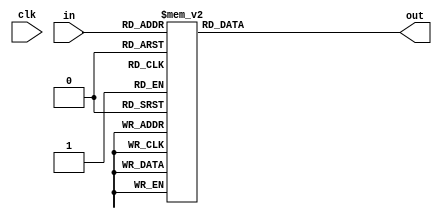
module inv_S0(clk,in,out);
    input[3:0] in;
    input clk;
    output reg[3:0] out;

    always @(*)begin
        case(in)
			4'h0: out = 4'hd;
			4'h1: out = 4'h3;
			4'h2: out = 4'hb;
			4'h3: out = 4'h0;
			4'h4: out = 4'ha;
			4'h5: out = 4'h6;
			4'h6: out = 4'h5;
			4'h7: out = 4'hc;
			4'h8: out = 4'h1;
			4'h9: out = 4'he;
			4'ha: out = 4'h4;
			4'hb: out = 4'h7;
			4'hc: out = 4'hf;
			4'hd: out = 4'h9;
			4'he: out = 4'h8;
			4'hf: out = 4'h2;
		endcase
    end
endmodule

module inv_S1(clk,in,out);
    input[3:0] in;
    input clk;
    output reg[3:0] out;

    always @(*)begin
        case(in)
			4'h0: out = 4'h5;
			4'h1: out = 4'h8;
			4'h2: out = 4'h2;
			4'h3: out = 4'he;
			4'h4: out = 4'hf;
			4'h5: out = 4'h6;
			4'h6: out = 4'hc;
			4'h7: out = 4'h3;
			4'h8: out = 4'hb;
			4'h9: out = 4'h4;
			4'ha: out = 4'h7;
			4'hb: out = 4'h9;
			4'hc: out = 4'h1;
			4'hd: out = 4'hd;
			4'he: out = 4'ha;
			4'hf: out = 4'h0;
		endcase
    end
endmodule

module inv_S2(clk,in,out);
    input[3:0] in;
    input clk;
    output reg[3:0] out;

    always @(*)begin
        case(in)
			4'h0: out = 4'hc;
			4'h1: out = 4'h9;
			4'h2: out = 4'hf;
			4'h3: out = 4'h4;
			4'h4: out = 4'hb;
			4'h5: out = 4'he;
			4'h6: out = 4'h1;
			4'h7: out = 4'h2;
			4'h8: out = 4'h0;
			4'h9: out = 4'h3;
			4'ha: out = 4'h6;
			4'hb: out = 4'hd;
			4'hc: out = 4'h5;
			4'hd: out = 4'h8;
			4'he: out = 4'ha;
			4'hf: out = 4'h7;
		endcase
    end
endmodule

module inv_S3(clk,in,out);
    input clk;
    input[3:0] in;
    output reg[3:0] out;

    always @(*)begin
        case(in)
			4'h0: out = 4'h0;
			4'h1: out = 4'h9;
			4'h2: out = 4'ha;
			4'h3: out = 4'h7;
			4'h4: out = 4'hb;
			4'h5: out = 4'he;
			4'h6: out = 4'h6;
			4'h7: out = 4'hd;
			4'h8: out = 4'h3;
			4'h9: out = 4'h5;
			4'ha: out = 4'hc;
			4'hb: out = 4'h2;
			4'hc: out = 4'h4;
			4'hd: out = 4'h8;
			4'he: out = 4'hf;
			4'hf: out = 4'h1;
		endcase
    end
endmodule
module inv_S4(clk,in,out);
    input clk;
    input[3:0] in;
    output reg[3:0] out;

    always @(*)begin
        case(in)
			4'h0: out = 4'h5;
			4'h1: out = 4'h0;
			4'h2: out = 4'h8;
			4'h3: out = 4'h3;
			4'h4: out = 4'ha;
			4'h5: out = 4'h9;
			4'h6: out = 4'h7;
			4'h7: out = 4'he;
			4'h8: out = 4'h2;
			4'h9: out = 4'hc;
			4'ha: out = 4'hb;
			4'hb: out = 4'h6;
			4'hc: out = 4'h4;
			4'hd: out = 4'hf;
			4'he: out = 4'hd;
			4'hf: out = 4'h1;
		endcase
    end
endmodule

module inv_S5(clk,in,out);
    input clk;
    input[3:0] in;
    output reg[3:0] out;

    always @(*)begin
        case(in)
			4'h0: out = 4'h8;
			4'h1: out = 4'hf;
			4'h2: out = 4'h2;
			4'h3: out = 4'h9;
			4'h4: out = 4'h4;
			4'h5: out = 4'h1;
			4'h6: out = 4'hd;
			4'h7: out = 4'he;
			4'h8: out = 4'hb;
			4'h9: out = 4'h6;
			4'ha: out = 4'h5;
			4'hb: out = 4'h3;
			4'hc: out = 4'h7;
			4'hd: out = 4'hc;
			4'he: out = 4'ha;
			4'hf: out = 4'h0;
		endcase
    end
endmodule

module inv_S6(clk,in,out);
    input clk;
    input[3:0] in;
    output reg[3:0] out;

    always @(*)begin
        case(in)
			4'h0: out = 4'hf;
			4'h1: out = 4'ha;
			4'h2: out = 4'h1;
			4'h3: out = 4'hd;
			4'h4: out = 4'h5;
			4'h5: out = 4'h3;
			4'h6: out = 4'h6;
			4'h7: out = 4'h0;
			4'h8: out = 4'h4;
			4'h9: out = 4'h9;
			4'ha: out = 4'he;
			4'hb: out = 4'h7;
			4'hc: out = 4'h2;
			4'hd: out = 4'hc;
			4'he: out = 4'h8;
			4'hf: out = 4'hb;
		endcase
    end
endmodule

module inv_S7(clk,in,out);
    input clk;
    input[3:0] in;
    output reg[3:0] out;

    always @(*)begin
        case(in)
			4'h0: out = 4'h3;
			4'h1: out = 4'h0;
			4'h2: out = 4'h6;
			4'h3: out = 4'hd;
			4'h4: out = 4'h9;
			4'h5: out = 4'he;
			4'h6: out = 4'hf;
			4'h7: out = 4'h8;
			4'h8: out = 4'h5;
			4'h9: out = 4'hc;
			4'ha: out = 4'hb;
			4'hb: out = 4'h7;
			4'hc: out = 4'ha;
			4'hd: out = 4'h1;
			4'he: out = 4'h4;
			4'hf: out = 4'h2;
		endcase
    end
endmodule

module inv_S0_32 (clk, in, out);
    input clk;
    input [127:0] in;
    output [127:0] out;

    wire [127:0] ped_input; // after permutation
    wire [127:0] ped_output;

    genvar i;
    generate
        for(i = 0; i<32; i = i+1) begin
            assign ped_input[4*i] = in[i];            
            assign ped_input[4*i+1] = in[i+32];            
            assign ped_input[4*i+2] = in[i+64];            
            assign ped_input[4*i+3] = in[i+96];            
        end
    endgenerate
    generate
        for(i = 0; i<32; i = i+1) begin
            assign out[i+96] = ped_output[4*i+3];            
            assign out[i+64] = ped_output[4*i+2];            
            assign out[i+32] = ped_output[4*i+1];            
            assign out[i] = ped_output[4*i];            
        end
    endgenerate

    inv_S0
        S0_0  (clk, ped_input[127:124], ped_output[127:124]),
        S0_1  (clk, ped_input[123:120], ped_output[123:120]),
        S0_2  (clk, ped_input[119:116], ped_output[119:116]),
        S0_3  (clk, ped_input[115:112], ped_output[115:112]),
        S0_4  (clk, ped_input[111:108], ped_output[111:108]),
        S0_5  (clk, ped_input[107:104], ped_output[107:104]),
        S0_6  (clk, ped_input[103:100], ped_output[103:100]),
        S0_7  (clk, ped_input[99:96]  , ped_output[99:96]  ),
        S0_8  (clk, ped_input[95:92]  , ped_output[95:92]  ),
        S0_9  (clk, ped_input[91:88]  , ped_output[91:88]  ),
        S0_10 (clk, ped_input[87:84]  , ped_output[87:84]  ),
        S0_11 (clk, ped_input[83:80]  , ped_output[83:80]  ),
        S0_12 (clk, ped_input[79:76]  , ped_output[79:76]  ),
        S0_13 (clk, ped_input[75:72]  , ped_output[75:72]  ),
        S0_14 (clk, ped_input[71:68]  , ped_output[71:68]  ),
        S0_15 (clk, ped_input[67:64]  , ped_output[67:64]  ),
        S0_16 (clk, ped_input[63:60]  , ped_output[63:60]  ),
        S0_17 (clk, ped_input[59:56]  , ped_output[59:56]  ),
        S0_18 (clk, ped_input[55:52]  , ped_output[55:52]  ),
        S0_19 (clk, ped_input[51:48]  , ped_output[51:48]  ),
        S0_20 (clk, ped_input[47:44]  , ped_output[47:44]  ),
        S0_21 (clk, ped_input[43:40]  , ped_output[43:40]  ),
        S0_22 (clk, ped_input[39:36]  , ped_output[39:36]  ),
        S0_23 (clk, ped_input[35:32]  , ped_output[35:32]  ),
        S0_24 (clk, ped_input[31:28]  , ped_output[31:28]  ),
        S0_25 (clk, ped_input[27:24]  , ped_output[27:24]  ),
        S0_26 (clk, ped_input[23:20]  , ped_output[23:20]  ),
        S0_27 (clk, ped_input[19:16]  , ped_output[19:16]  ),
        S0_28 (clk, ped_input[15:12]  , ped_output[15:12]  ),
        S0_29 (clk, ped_input[11:8]   , ped_output[11:8]   ),
        S0_30 (clk, ped_input[7:4]    , ped_output[7:4]    ),
        S0_31 (clk, ped_input[3:0]    , ped_output[3:0]    );
endmodule

module inv_S1_32 (clk, in, out);
    input clk;
    input [127:0] in;
    output [127:0] out;

    wire [127:0] ped_input; // after permutation
    wire [127:0] ped_output;

    genvar i;
    generate
        for(i = 0; i<32; i = i+1) begin
            assign ped_input[4*i] = in[i];            
            assign ped_input[4*i+1] = in[i+32];            
            assign ped_input[4*i+2] = in[i+64];            
            assign ped_input[4*i+3] = in[i+96];            
        end
    endgenerate
    generate
        for(i = 0; i<32; i = i+1) begin
            assign out[i+96] = ped_output[4*i+3];            
            assign out[i+64] = ped_output[4*i+2];            
            assign out[i+32] = ped_output[4*i+1];            
            assign out[i] = ped_output[4*i];            
        end
    endgenerate

    inv_S1
        S0_0  (clk, ped_input[127:124], ped_output[127:124]),
        S0_1  (clk, ped_input[123:120], ped_output[123:120]),
        S0_2  (clk, ped_input[119:116], ped_output[119:116]),
        S0_3  (clk, ped_input[115:112], ped_output[115:112]),
        S0_4  (clk, ped_input[111:108], ped_output[111:108]),
        S0_5  (clk, ped_input[107:104], ped_output[107:104]),
        S0_6  (clk, ped_input[103:100], ped_output[103:100]),
        S0_7  (clk, ped_input[99:96]  , ped_output[99:96]  ),
        S0_8  (clk, ped_input[95:92]  , ped_output[95:92]  ),
        S0_9  (clk, ped_input[91:88]  , ped_output[91:88]  ),
        S0_10 (clk, ped_input[87:84]  , ped_output[87:84]  ),
        S0_11 (clk, ped_input[83:80]  , ped_output[83:80]  ),
        S0_12 (clk, ped_input[79:76]  , ped_output[79:76]  ),
        S0_13 (clk, ped_input[75:72]  , ped_output[75:72]  ),
        S0_14 (clk, ped_input[71:68]  , ped_output[71:68]  ),
        S0_15 (clk, ped_input[67:64]  , ped_output[67:64]  ),
        S0_16 (clk, ped_input[63:60]  , ped_output[63:60]  ),
        S0_17 (clk, ped_input[59:56]  , ped_output[59:56]  ),
        S0_18 (clk, ped_input[55:52]  , ped_output[55:52]  ),
        S0_19 (clk, ped_input[51:48]  , ped_output[51:48]  ),
        S0_20 (clk, ped_input[47:44]  , ped_output[47:44]  ),
        S0_21 (clk, ped_input[43:40]  , ped_output[43:40]  ),
        S0_22 (clk, ped_input[39:36]  , ped_output[39:36]  ),
        S0_23 (clk, ped_input[35:32]  , ped_output[35:32]  ),
        S0_24 (clk, ped_input[31:28]  , ped_output[31:28]  ),
        S0_25 (clk, ped_input[27:24]  , ped_output[27:24]  ),
        S0_26 (clk, ped_input[23:20]  , ped_output[23:20]  ),
        S0_27 (clk, ped_input[19:16]  , ped_output[19:16]  ),
        S0_28 (clk, ped_input[15:12]  , ped_output[15:12]  ),
        S0_29 (clk, ped_input[11:8]   , ped_output[11:8]   ),
        S0_30 (clk, ped_input[7:4]    , ped_output[7:4]    ),
        S0_31 (clk, ped_input[3:0]    , ped_output[3:0]    );
endmodule

module inv_S2_32 (clk, in, out);
    input clk;
    input [127:0] in;
    output [127:0] out;

    wire [127:0] ped_input; // after permutation
    wire [127:0] ped_output;

    genvar i;
    generate
        for(i = 0; i<32; i = i+1) begin
            assign ped_input[4*i] = in[i];            
            assign ped_input[4*i+1] = in[i+32];            
            assign ped_input[4*i+2] = in[i+64];            
            assign ped_input[4*i+3] = in[i+96];            
        end
    endgenerate
    generate
        for(i = 0; i<32; i = i+1) begin
            assign out[i+96] = ped_output[4*i+3];            
            assign out[i+64] = ped_output[4*i+2];            
            assign out[i+32] = ped_output[4*i+1];            
            assign out[i] = ped_output[4*i];            
        end
    endgenerate

    inv_S2
        S0_0  (clk, ped_input[127:124], ped_output[127:124]),
        S0_1  (clk, ped_input[123:120], ped_output[123:120]),
        S0_2  (clk, ped_input[119:116], ped_output[119:116]),
        S0_3  (clk, ped_input[115:112], ped_output[115:112]),
        S0_4  (clk, ped_input[111:108], ped_output[111:108]),
        S0_5  (clk, ped_input[107:104], ped_output[107:104]),
        S0_6  (clk, ped_input[103:100], ped_output[103:100]),
        S0_7  (clk, ped_input[99:96]  , ped_output[99:96]  ),
        S0_8  (clk, ped_input[95:92]  , ped_output[95:92]  ),
        S0_9  (clk, ped_input[91:88]  , ped_output[91:88]  ),
        S0_10 (clk, ped_input[87:84]  , ped_output[87:84]  ),
        S0_11 (clk, ped_input[83:80]  , ped_output[83:80]  ),
        S0_12 (clk, ped_input[79:76]  , ped_output[79:76]  ),
        S0_13 (clk, ped_input[75:72]  , ped_output[75:72]  ),
        S0_14 (clk, ped_input[71:68]  , ped_output[71:68]  ),
        S0_15 (clk, ped_input[67:64]  , ped_output[67:64]  ),
        S0_16 (clk, ped_input[63:60]  , ped_output[63:60]  ),
        S0_17 (clk, ped_input[59:56]  , ped_output[59:56]  ),
        S0_18 (clk, ped_input[55:52]  , ped_output[55:52]  ),
        S0_19 (clk, ped_input[51:48]  , ped_output[51:48]  ),
        S0_20 (clk, ped_input[47:44]  , ped_output[47:44]  ),
        S0_21 (clk, ped_input[43:40]  , ped_output[43:40]  ),
        S0_22 (clk, ped_input[39:36]  , ped_output[39:36]  ),
        S0_23 (clk, ped_input[35:32]  , ped_output[35:32]  ),
        S0_24 (clk, ped_input[31:28]  , ped_output[31:28]  ),
        S0_25 (clk, ped_input[27:24]  , ped_output[27:24]  ),
        S0_26 (clk, ped_input[23:20]  , ped_output[23:20]  ),
        S0_27 (clk, ped_input[19:16]  , ped_output[19:16]  ),
        S0_28 (clk, ped_input[15:12]  , ped_output[15:12]  ),
        S0_29 (clk, ped_input[11:8]   , ped_output[11:8]   ),
        S0_30 (clk, ped_input[7:4]    , ped_output[7:4]    ),
        S0_31 (clk, ped_input[3:0]    , ped_output[3:0]    );
endmodule

module inv_S3_32 (clk, in, out);
    input clk;
    input [127:0] in;
    output [127:0] out;

    wire [127:0] ped_input; // after permutation
    wire [127:0] ped_output;

    genvar i;
    generate
        for(i = 0; i<32; i = i+1) begin
            assign ped_input[4*i] = in[i];            
            assign ped_input[4*i+1] = in[i+32];            
            assign ped_input[4*i+2] = in[i+64];            
            assign ped_input[4*i+3] = in[i+96];            
        end
    endgenerate
    generate
        for(i = 0; i<32; i = i+1) begin
            assign out[i+96] = ped_output[4*i+3];            
            assign out[i+64] = ped_output[4*i+2];            
            assign out[i+32] = ped_output[4*i+1];            
            assign out[i] = ped_output[4*i];            
        end
    endgenerate

    inv_S3
        S0_0  (clk, ped_input[127:124], ped_output[127:124]),
        S0_1  (clk, ped_input[123:120], ped_output[123:120]),
        S0_2  (clk, ped_input[119:116], ped_output[119:116]),
        S0_3  (clk, ped_input[115:112], ped_output[115:112]),
        S0_4  (clk, ped_input[111:108], ped_output[111:108]),
        S0_5  (clk, ped_input[107:104], ped_output[107:104]),
        S0_6  (clk, ped_input[103:100], ped_output[103:100]),
        S0_7  (clk, ped_input[99:96]  , ped_output[99:96]  ),
        S0_8  (clk, ped_input[95:92]  , ped_output[95:92]  ),
        S0_9  (clk, ped_input[91:88]  , ped_output[91:88]  ),
        S0_10 (clk, ped_input[87:84]  , ped_output[87:84]  ),
        S0_11 (clk, ped_input[83:80]  , ped_output[83:80]  ),
        S0_12 (clk, ped_input[79:76]  , ped_output[79:76]  ),
        S0_13 (clk, ped_input[75:72]  , ped_output[75:72]  ),
        S0_14 (clk, ped_input[71:68]  , ped_output[71:68]  ),
        S0_15 (clk, ped_input[67:64]  , ped_output[67:64]  ),
        S0_16 (clk, ped_input[63:60]  , ped_output[63:60]  ),
        S0_17 (clk, ped_input[59:56]  , ped_output[59:56]  ),
        S0_18 (clk, ped_input[55:52]  , ped_output[55:52]  ),
        S0_19 (clk, ped_input[51:48]  , ped_output[51:48]  ),
        S0_20 (clk, ped_input[47:44]  , ped_output[47:44]  ),
        S0_21 (clk, ped_input[43:40]  , ped_output[43:40]  ),
        S0_22 (clk, ped_input[39:36]  , ped_output[39:36]  ),
        S0_23 (clk, ped_input[35:32]  , ped_output[35:32]  ),
        S0_24 (clk, ped_input[31:28]  , ped_output[31:28]  ),
        S0_25 (clk, ped_input[27:24]  , ped_output[27:24]  ),
        S0_26 (clk, ped_input[23:20]  , ped_output[23:20]  ),
        S0_27 (clk, ped_input[19:16]  , ped_output[19:16]  ),
        S0_28 (clk, ped_input[15:12]  , ped_output[15:12]  ),
        S0_29 (clk, ped_input[11:8]   , ped_output[11:8]   ),
        S0_30 (clk, ped_input[7:4]    , ped_output[7:4]    ),
        S0_31 (clk, ped_input[3:0]    , ped_output[3:0]    );
endmodule

module inv_S4_32 (clk, in, out);
    input clk;
    input [127:0] in;
    output [127:0] out;

    wire [127:0] ped_input; // after permutation
    wire [127:0] ped_output;

    genvar i;
    generate
        for(i = 0; i<32; i = i+1) begin
            assign ped_input[4*i] = in[i];            
            assign ped_input[4*i+1] = in[i+32];            
            assign ped_input[4*i+2] = in[i+64];            
            assign ped_input[4*i+3] = in[i+96];            
        end
    endgenerate
    generate
        for(i = 0; i<32; i = i+1) begin
            assign out[i+96] = ped_output[4*i+3];            
            assign out[i+64] = ped_output[4*i+2];            
            assign out[i+32] = ped_output[4*i+1];            
            assign out[i] = ped_output[4*i];            
        end
    endgenerate

    inv_S4
        S0_0  (clk, ped_input[127:124], ped_output[127:124]),
        S0_1  (clk, ped_input[123:120], ped_output[123:120]),
        S0_2  (clk, ped_input[119:116], ped_output[119:116]),
        S0_3  (clk, ped_input[115:112], ped_output[115:112]),
        S0_4  (clk, ped_input[111:108], ped_output[111:108]),
        S0_5  (clk, ped_input[107:104], ped_output[107:104]),
        S0_6  (clk, ped_input[103:100], ped_output[103:100]),
        S0_7  (clk, ped_input[99:96]  , ped_output[99:96]  ),
        S0_8  (clk, ped_input[95:92]  , ped_output[95:92]  ),
        S0_9  (clk, ped_input[91:88]  , ped_output[91:88]  ),
        S0_10 (clk, ped_input[87:84]  , ped_output[87:84]  ),
        S0_11 (clk, ped_input[83:80]  , ped_output[83:80]  ),
        S0_12 (clk, ped_input[79:76]  , ped_output[79:76]  ),
        S0_13 (clk, ped_input[75:72]  , ped_output[75:72]  ),
        S0_14 (clk, ped_input[71:68]  , ped_output[71:68]  ),
        S0_15 (clk, ped_input[67:64]  , ped_output[67:64]  ),
        S0_16 (clk, ped_input[63:60]  , ped_output[63:60]  ),
        S0_17 (clk, ped_input[59:56]  , ped_output[59:56]  ),
        S0_18 (clk, ped_input[55:52]  , ped_output[55:52]  ),
        S0_19 (clk, ped_input[51:48]  , ped_output[51:48]  ),
        S0_20 (clk, ped_input[47:44]  , ped_output[47:44]  ),
        S0_21 (clk, ped_input[43:40]  , ped_output[43:40]  ),
        S0_22 (clk, ped_input[39:36]  , ped_output[39:36]  ),
        S0_23 (clk, ped_input[35:32]  , ped_output[35:32]  ),
        S0_24 (clk, ped_input[31:28]  , ped_output[31:28]  ),
        S0_25 (clk, ped_input[27:24]  , ped_output[27:24]  ),
        S0_26 (clk, ped_input[23:20]  , ped_output[23:20]  ),
        S0_27 (clk, ped_input[19:16]  , ped_output[19:16]  ),
        S0_28 (clk, ped_input[15:12]  , ped_output[15:12]  ),
        S0_29 (clk, ped_input[11:8]   , ped_output[11:8]   ),
        S0_30 (clk, ped_input[7:4]    , ped_output[7:4]    ),
        S0_31 (clk, ped_input[3:0]    , ped_output[3:0]    );
endmodule

module inv_S5_32 (clk, in, out);
    input clk;
    input [127:0] in;
    output [127:0] out;

    wire [127:0] ped_input; // after permutation
    wire [127:0] ped_output;

    genvar i;
    generate
        for(i = 0; i<32; i = i+1) begin
            assign ped_input[4*i] = in[i];            
            assign ped_input[4*i+1] = in[i+32];            
            assign ped_input[4*i+2] = in[i+64];            
            assign ped_input[4*i+3] = in[i+96];            
        end
    endgenerate
    generate
        for(i = 0; i<32; i = i+1) begin
            assign out[i+96] = ped_output[4*i+3];            
            assign out[i+64] = ped_output[4*i+2];            
            assign out[i+32] = ped_output[4*i+1];            
            assign out[i] = ped_output[4*i];            
        end
    endgenerate

    inv_S5
        S0_0  (clk, ped_input[127:124], ped_output[127:124]),
        S0_1  (clk, ped_input[123:120], ped_output[123:120]),
        S0_2  (clk, ped_input[119:116], ped_output[119:116]),
        S0_3  (clk, ped_input[115:112], ped_output[115:112]),
        S0_4  (clk, ped_input[111:108], ped_output[111:108]),
        S0_5  (clk, ped_input[107:104], ped_output[107:104]),
        S0_6  (clk, ped_input[103:100], ped_output[103:100]),
        S0_7  (clk, ped_input[99:96]  , ped_output[99:96]  ),
        S0_8  (clk, ped_input[95:92]  , ped_output[95:92]  ),
        S0_9  (clk, ped_input[91:88]  , ped_output[91:88]  ),
        S0_10 (clk, ped_input[87:84]  , ped_output[87:84]  ),
        S0_11 (clk, ped_input[83:80]  , ped_output[83:80]  ),
        S0_12 (clk, ped_input[79:76]  , ped_output[79:76]  ),
        S0_13 (clk, ped_input[75:72]  , ped_output[75:72]  ),
        S0_14 (clk, ped_input[71:68]  , ped_output[71:68]  ),
        S0_15 (clk, ped_input[67:64]  , ped_output[67:64]  ),
        S0_16 (clk, ped_input[63:60]  , ped_output[63:60]  ),
        S0_17 (clk, ped_input[59:56]  , ped_output[59:56]  ),
        S0_18 (clk, ped_input[55:52]  , ped_output[55:52]  ),
        S0_19 (clk, ped_input[51:48]  , ped_output[51:48]  ),
        S0_20 (clk, ped_input[47:44]  , ped_output[47:44]  ),
        S0_21 (clk, ped_input[43:40]  , ped_output[43:40]  ),
        S0_22 (clk, ped_input[39:36]  , ped_output[39:36]  ),
        S0_23 (clk, ped_input[35:32]  , ped_output[35:32]  ),
        S0_24 (clk, ped_input[31:28]  , ped_output[31:28]  ),
        S0_25 (clk, ped_input[27:24]  , ped_output[27:24]  ),
        S0_26 (clk, ped_input[23:20]  , ped_output[23:20]  ),
        S0_27 (clk, ped_input[19:16]  , ped_output[19:16]  ),
        S0_28 (clk, ped_input[15:12]  , ped_output[15:12]  ),
        S0_29 (clk, ped_input[11:8]   , ped_output[11:8]   ),
        S0_30 (clk, ped_input[7:4]    , ped_output[7:4]    ),
        S0_31 (clk, ped_input[3:0]    , ped_output[3:0]    );
endmodule

module inv_S6_32 (clk, in, out);
    input clk;
    input [127:0] in;
    output [127:0] out;

    wire [127:0] ped_input; // after permutation
    wire [127:0] ped_output;

    genvar i;
    generate
        for(i = 0; i<32; i = i+1) begin
            assign ped_input[4*i] = in[i];            
            assign ped_input[4*i+1] = in[i+32];            
            assign ped_input[4*i+2] = in[i+64];            
            assign ped_input[4*i+3] = in[i+96];            
        end
    endgenerate
    generate
        for(i = 0; i<32; i = i+1) begin
            assign out[i+96] = ped_output[4*i+3];            
            assign out[i+64] = ped_output[4*i+2];            
            assign out[i+32] = ped_output[4*i+1];            
            assign out[i] = ped_output[4*i];            
        end
    endgenerate

    inv_S6
        S0_0  (clk, ped_input[127:124], ped_output[127:124]),
        S0_1  (clk, ped_input[123:120], ped_output[123:120]),
        S0_2  (clk, ped_input[119:116], ped_output[119:116]),
        S0_3  (clk, ped_input[115:112], ped_output[115:112]),
        S0_4  (clk, ped_input[111:108], ped_output[111:108]),
        S0_5  (clk, ped_input[107:104], ped_output[107:104]),
        S0_6  (clk, ped_input[103:100], ped_output[103:100]),
        S0_7  (clk, ped_input[99:96]  , ped_output[99:96]  ),
        S0_8  (clk, ped_input[95:92]  , ped_output[95:92]  ),
        S0_9  (clk, ped_input[91:88]  , ped_output[91:88]  ),
        S0_10 (clk, ped_input[87:84]  , ped_output[87:84]  ),
        S0_11 (clk, ped_input[83:80]  , ped_output[83:80]  ),
        S0_12 (clk, ped_input[79:76]  , ped_output[79:76]  ),
        S0_13 (clk, ped_input[75:72]  , ped_output[75:72]  ),
        S0_14 (clk, ped_input[71:68]  , ped_output[71:68]  ),
        S0_15 (clk, ped_input[67:64]  , ped_output[67:64]  ),
        S0_16 (clk, ped_input[63:60]  , ped_output[63:60]  ),
        S0_17 (clk, ped_input[59:56]  , ped_output[59:56]  ),
        S0_18 (clk, ped_input[55:52]  , ped_output[55:52]  ),
        S0_19 (clk, ped_input[51:48]  , ped_output[51:48]  ),
        S0_20 (clk, ped_input[47:44]  , ped_output[47:44]  ),
        S0_21 (clk, ped_input[43:40]  , ped_output[43:40]  ),
        S0_22 (clk, ped_input[39:36]  , ped_output[39:36]  ),
        S0_23 (clk, ped_input[35:32]  , ped_output[35:32]  ),
        S0_24 (clk, ped_input[31:28]  , ped_output[31:28]  ),
        S0_25 (clk, ped_input[27:24]  , ped_output[27:24]  ),
        S0_26 (clk, ped_input[23:20]  , ped_output[23:20]  ),
        S0_27 (clk, ped_input[19:16]  , ped_output[19:16]  ),
        S0_28 (clk, ped_input[15:12]  , ped_output[15:12]  ),
        S0_29 (clk, ped_input[11:8]   , ped_output[11:8]   ),
        S0_30 (clk, ped_input[7:4]    , ped_output[7:4]    ),
        S0_31 (clk, ped_input[3:0]    , ped_output[3:0]    );
endmodule

module inv_S7_32 (clk, in, out);
    input clk;
    input [127:0] in;
    output [127:0] out;

    wire [127:0] ped_input; // after permutation
    wire [127:0] ped_output;

    genvar i;
    generate
        for(i = 0; i<32; i = i+1) begin
            assign ped_input[4*i] = in[i];            
            assign ped_input[4*i+1] = in[i+32];            
            assign ped_input[4*i+2] = in[i+64];            
            assign ped_input[4*i+3] = in[i+96];            
        end
    endgenerate
    generate
        for(i = 0; i<32; i = i+1) begin
            assign out[i+96] = ped_output[4*i+3];            
            assign out[i+64] = ped_output[4*i+2];            
            assign out[i+32] = ped_output[4*i+1];            
            assign out[i] = ped_output[4*i];            
        end
    endgenerate

    inv_S7
        S0_0  (clk, ped_input[127:124], ped_output[127:124]),
        S0_1  (clk, ped_input[123:120], ped_output[123:120]),
        S0_2  (clk, ped_input[119:116], ped_output[119:116]),
        S0_3  (clk, ped_input[115:112], ped_output[115:112]),
        S0_4  (clk, ped_input[111:108], ped_output[111:108]),
        S0_5  (clk, ped_input[107:104], ped_output[107:104]),
        S0_6  (clk, ped_input[103:100], ped_output[103:100]),
        S0_7  (clk, ped_input[99:96]  , ped_output[99:96]  ),
        S0_8  (clk, ped_input[95:92]  , ped_output[95:92]  ),
        S0_9  (clk, ped_input[91:88]  , ped_output[91:88]  ),
        S0_10 (clk, ped_input[87:84]  , ped_output[87:84]  ),
        S0_11 (clk, ped_input[83:80]  , ped_output[83:80]  ),
        S0_12 (clk, ped_input[79:76]  , ped_output[79:76]  ),
        S0_13 (clk, ped_input[75:72]  , ped_output[75:72]  ),
        S0_14 (clk, ped_input[71:68]  , ped_output[71:68]  ),
        S0_15 (clk, ped_input[67:64]  , ped_output[67:64]  ),
        S0_16 (clk, ped_input[63:60]  , ped_output[63:60]  ),
        S0_17 (clk, ped_input[59:56]  , ped_output[59:56]  ),
        S0_18 (clk, ped_input[55:52]  , ped_output[55:52]  ),
        S0_19 (clk, ped_input[51:48]  , ped_output[51:48]  ),
        S0_20 (clk, ped_input[47:44]  , ped_output[47:44]  ),
        S0_21 (clk, ped_input[43:40]  , ped_output[43:40]  ),
        S0_22 (clk, ped_input[39:36]  , ped_output[39:36]  ),
        S0_23 (clk, ped_input[35:32]  , ped_output[35:32]  ),
        S0_24 (clk, ped_input[31:28]  , ped_output[31:28]  ),
        S0_25 (clk, ped_input[27:24]  , ped_output[27:24]  ),
        S0_26 (clk, ped_input[23:20]  , ped_output[23:20]  ),
        S0_27 (clk, ped_input[19:16]  , ped_output[19:16]  ),
        S0_28 (clk, ped_input[15:12]  , ped_output[15:12]  ),
        S0_29 (clk, ped_input[11:8]   , ped_output[11:8]   ),
        S0_30 (clk, ped_input[7:4]    , ped_output[7:4]    ),
        S0_31 (clk, ped_input[3:0]    , ped_output[3:0]    );
endmodule